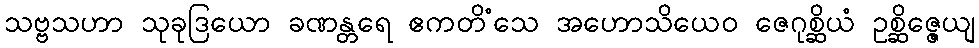
သဗ္ဗသဟာ သုခုဒြယော ခဏန္တရေ ဧကတိံသေ အဟောသိယေဝ ဇေဂုစ္ဆိယံ ဥစ္ဆိဇ္ဇေယျ